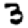
Digit: 3